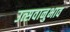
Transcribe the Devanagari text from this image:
उत्सवानुभाव